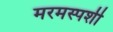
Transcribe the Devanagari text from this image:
मरमस्पर्शी